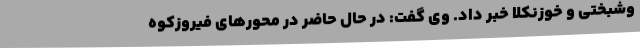
وشبختی و خوزنکلا خبر داد. وی گفت: در حال حاضر در محورهای فیروزکوه